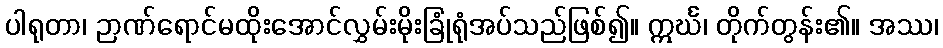
ပါရုတာ၊ ဉာဏ်ရောင်မထိုးအောင်လွှမ်းမိုးခြုံရုံအပ်သည်ဖြစ်၍။ ဣင်္ဃ၊ တိုက်တွန်း၏။ အဿ၊